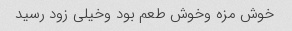
خوش مزه وخوش طعم بود وخیلی زود رسید